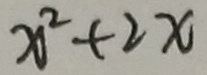
x ^ { 2 } + 2 x